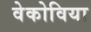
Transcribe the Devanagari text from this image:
वेकोविया